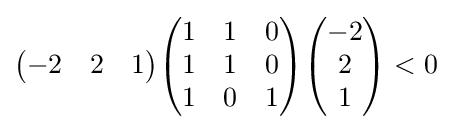
{\begin{pmatrix}-2&2&1\end{pmatrix}}{\begin{pmatrix}1&1&0\\1&1&0\\1&0&1\end{pmatrix}}{\begin{pmatrix}-2\\2\\1\end{pmatrix}}<0